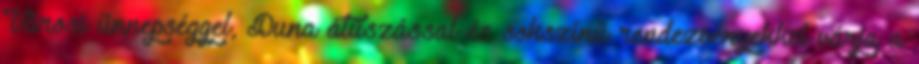
Városi ünnepséggel, Duna átúszással és sokszínű rendezvényekkel várja a